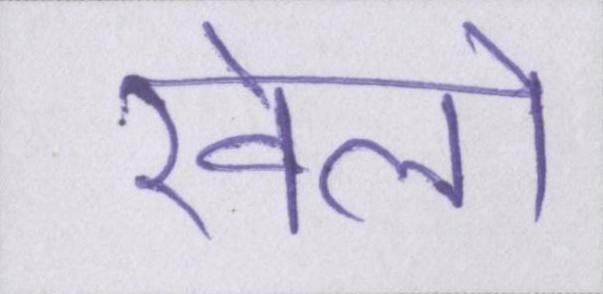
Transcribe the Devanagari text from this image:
खेलो